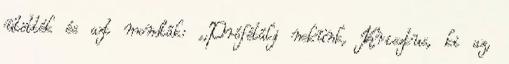
ütötték és azt mondták: ,,Prófétálj nekünk, Krisztus, ki az,